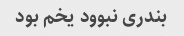
بندری نبوود یخم بود